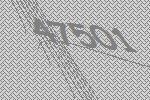
47501